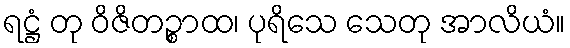
ရဋ္ဌံ တု ဝိဇိတဉ္စာထ၊ ပုရိသေ သေတု အာလိယံ။